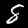
Digit: 8